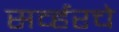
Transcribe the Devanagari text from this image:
सर्व्हरचे